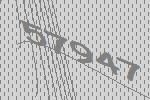
57947